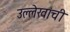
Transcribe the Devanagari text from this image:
उल्लेखांची